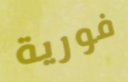
فورية